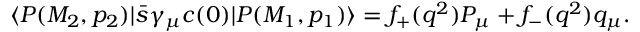
\langle P ( M _ { 2 } , p _ { 2 } ) | \bar { s } \gamma _ { \mu } c ( 0 ) | P ( M _ { 1 } , p _ { 1 } ) \rangle = f _ { + } ( q ^ { 2 } ) P _ { \mu } + f _ { - } ( q ^ { 2 } ) q _ { \mu } .